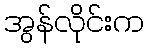
အွန်လိုင်းက